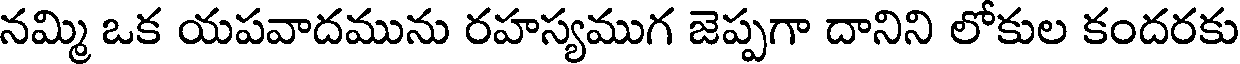
నమ్మి ఒక యపవాదమును రహస్యముగ జెప్పగా దానిని లోకుల కందరకు